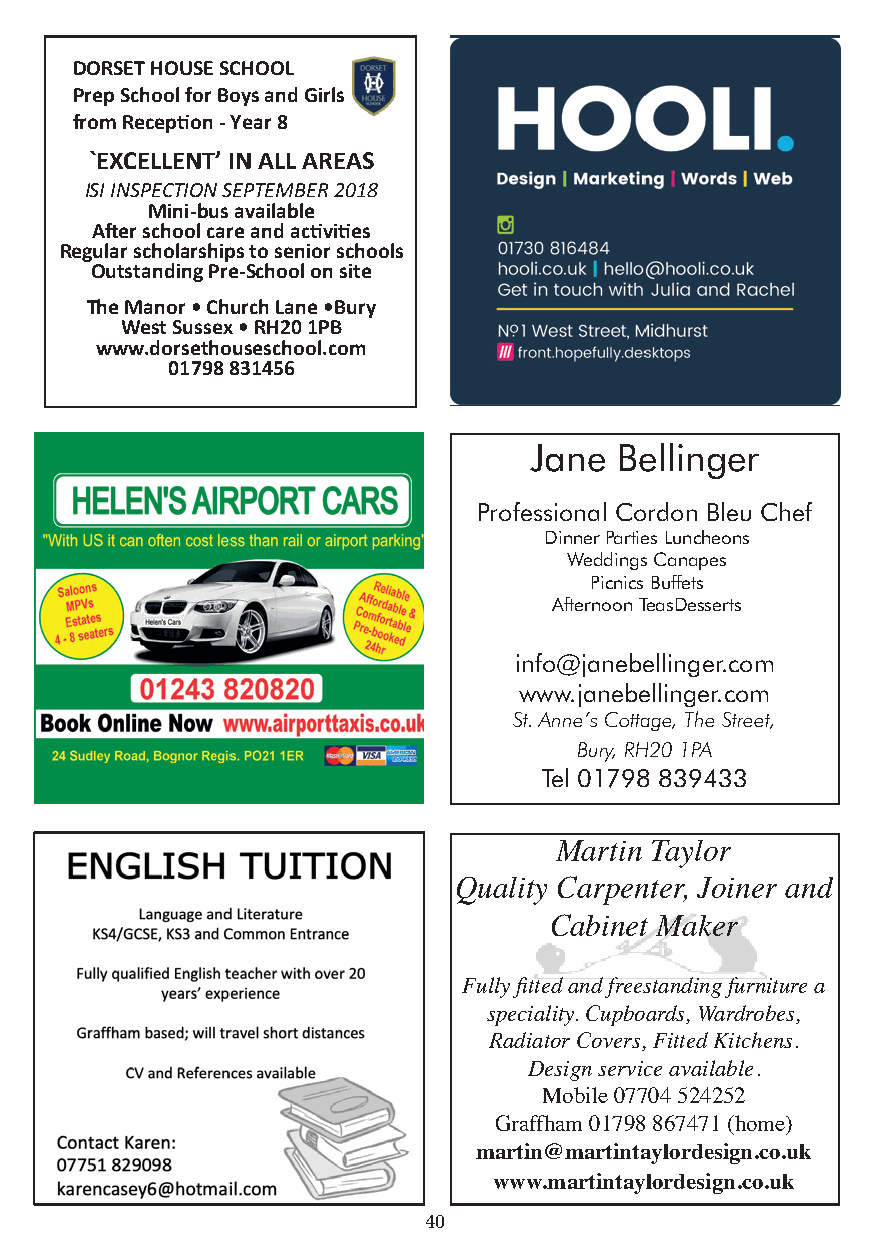
DORSET HOUSE SCHOOL
 Prep School for Boys and Girls
 from Reception - Year 8
 `EXCELLENT’ IN ALL AREAS
 ISI INSPECTION SEPTEMBER 2018
 Mini-bus available
 After school care and activities
 Regular scholarships to senior schools
 Outstanding Pre-School on site
 The Manor • Church Lane •Bury
 West Sussex • RH20 1PB
 www.dorsethouseschool.com
 01798 831456
 Jane  Bellinger
 Professional Cordon Bleu Chef
 Dinner Parties Luncheons
 Weddings Canapes
 Picnics Buffets
 Afternoon TeasDesserts
 info@janebellinger.com
 www.janebellinger.com
 St. Anne’s Cottage, The Street,
 Bury, RH20 1PA
 Tel 01798 839433
 Martin Taylor
 Quality Carpenter, Joiner and
 Cabinet Maker
 Fully fitted and freestanding furniture a
 speciality. Cupboards, Wardrobes,
 Radiator Covers, Fitted Kitchens.
 Design service available.
 Mobile 07704 524252
 Graffham 01798 867471 (home)
 martin@martintaylordesign.co.uk
 www.martintaylordesign.co.uk
 40